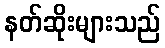
နတ်ဆိုးများသည်